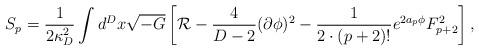
LaTeX: \begin{align*}S_p={1\over{2\kappa^2_D}}\int d^Dx\sqrt{-G}\left[{\cal R}-{4\over{D-2}}(\partial\phi)^2-{1\over{2\cdot(p+2)!}}e^{2a_p\phi}F^2_{p+2}\right],\end{align*}